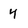
Character: 4